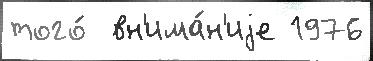
того́  вн'има́н'иjе 1976